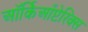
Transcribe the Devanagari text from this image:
ऑर्किआँप्टेरिक्स